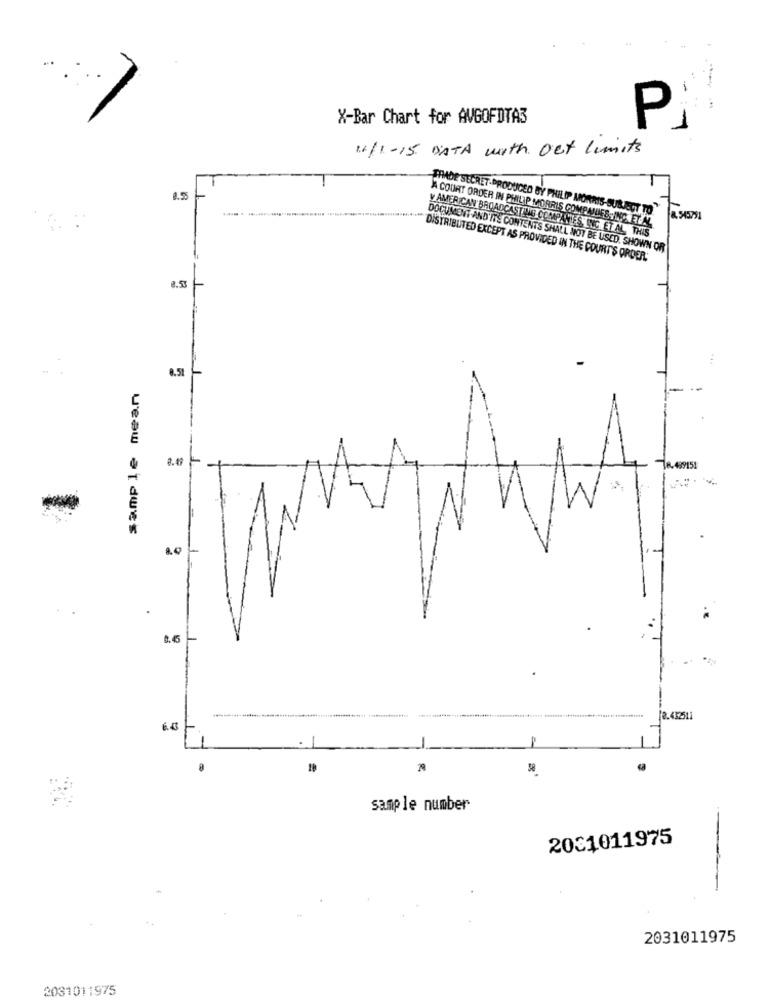
X-Bar Chart for AVGOFDTA3
P
14/1-15 DATA with out limits
1.5
FANDE SECRET- PRODUCED BY PHILIP MORRIS-SUBJECT TO 2545791
AA COURT ORDER IN PHILIP MORRIS COMPMDES ING. ET.AL.
y AMERICAN BROADCASTING COMPANIES INC. ET AL, THIS
DOCUMENT AND'ITE CONTENTS SHALL NOT BE USED. SHOWN OR
DISTRIBUTED EXCEPT AS PROVIDED IN THE COURT'S ORDER:
9.53
0.5L
8.49
0.45
2.432511
sample number
2031011975
2031011975
2031011975